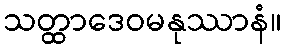
သတ္ထာဒေဝမနုဿာနံ။